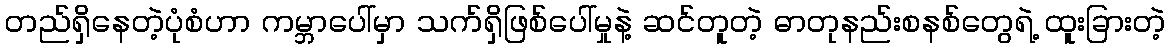
တည်ရှိနေတဲ့ပုံစံဟာ ကမ္ဘာပေါ်မှာ သက်ရှိဖြစ်ပေါ်မှုနဲ့ ဆင်တူတဲ့ ဓာတုနည်းစနစ်တွေရဲ့ ထူးခြားတဲ့